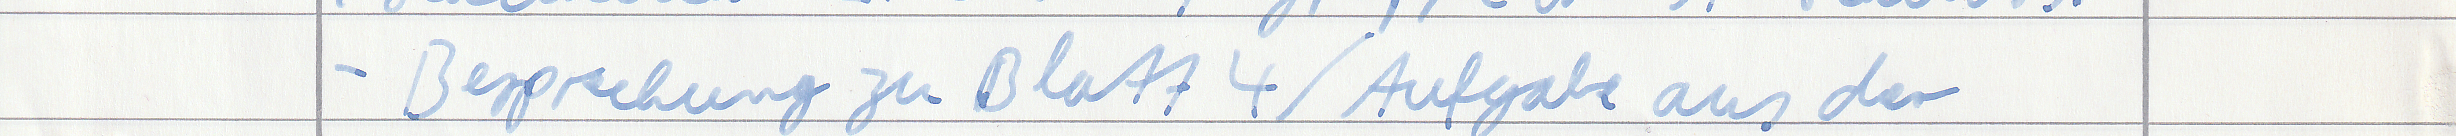
- Besprechung zu Blatt 4 / Aufgabe aus der